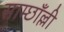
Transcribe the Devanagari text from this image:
साम्छाँल्ली